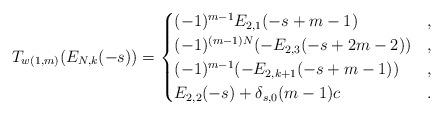
LaTeX: \begin{align*}T_{w(1,m)}(E_{N,k}(-s)) = \begin{cases}(-1)^{m-1} E_{2,1}(-s+m-1) & ,\\(-1)^{(m-1)N} (- E_{2,3}(-s+2m-2)) & ,\\(-1)^{m-1}(- E_{2,k+1}(-s+m-1)) & ,\\E_{2,2}(-s) + \delta_{s,0}(m-1)c & .\end{cases}\end{align*}